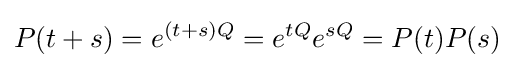
P(t+s)=e^{(t+s)Q}=e^{tQ}e^{sQ}=P(t)P(s)